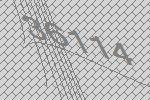
36114